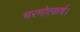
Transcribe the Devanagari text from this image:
चरमोत्कर्ष।